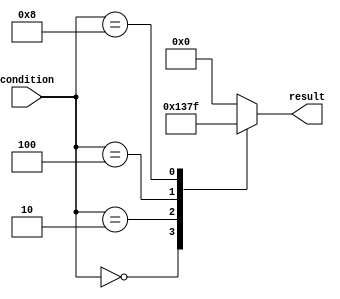
module conditional_example (
    input [3:0] condition,
    output reg [3:0] result
    );

always @(*)
begin
    casez (condition)
        4'b0000: result = 4'b0001;
        4'b0010: result = 4'b0011;
        4'b0100: result = 4'b0111;
        4'b1000: result = 4'b1111;
        default: result = 4'b0000;
    endcase
end

endmodule